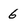
Character: 6